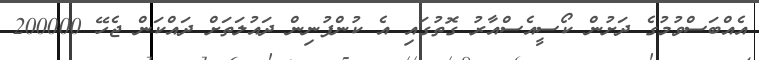
އެއްބަސްވުމުގެ ދަށުން ކޯސީއެސްއާރު ގޮތުގައި އެ ކުންފުނިން ދައުލަތަށް ދައްކަން ޖެހޭ 200000